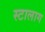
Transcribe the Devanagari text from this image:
स्टालाग